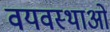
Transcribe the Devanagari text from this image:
वयवस्थाओं